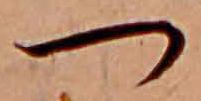
つ